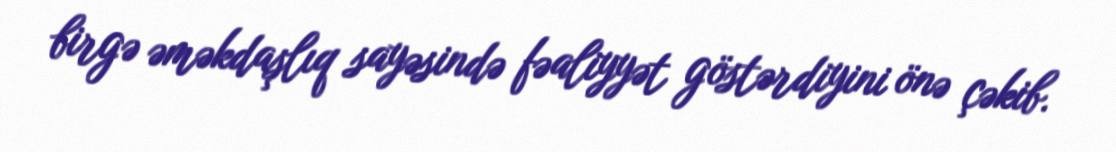
birgə əməkdaşlıq sayəsində fəaliyyət göstərdiyini önə çəkib.